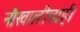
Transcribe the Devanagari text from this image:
नौखालीचाही